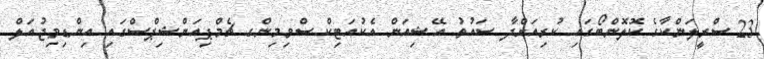
23 ސްރީލަންކާގެ ކޮލޮންބޯގައި ކުރިއަށްދާ ސައުތު އޭޝިއަން އެކުއަޓިކް ސްވިމިންގ ޗެމްޕިއަންޝިޕްސްގައި އިންޑިވިޖުއަލް